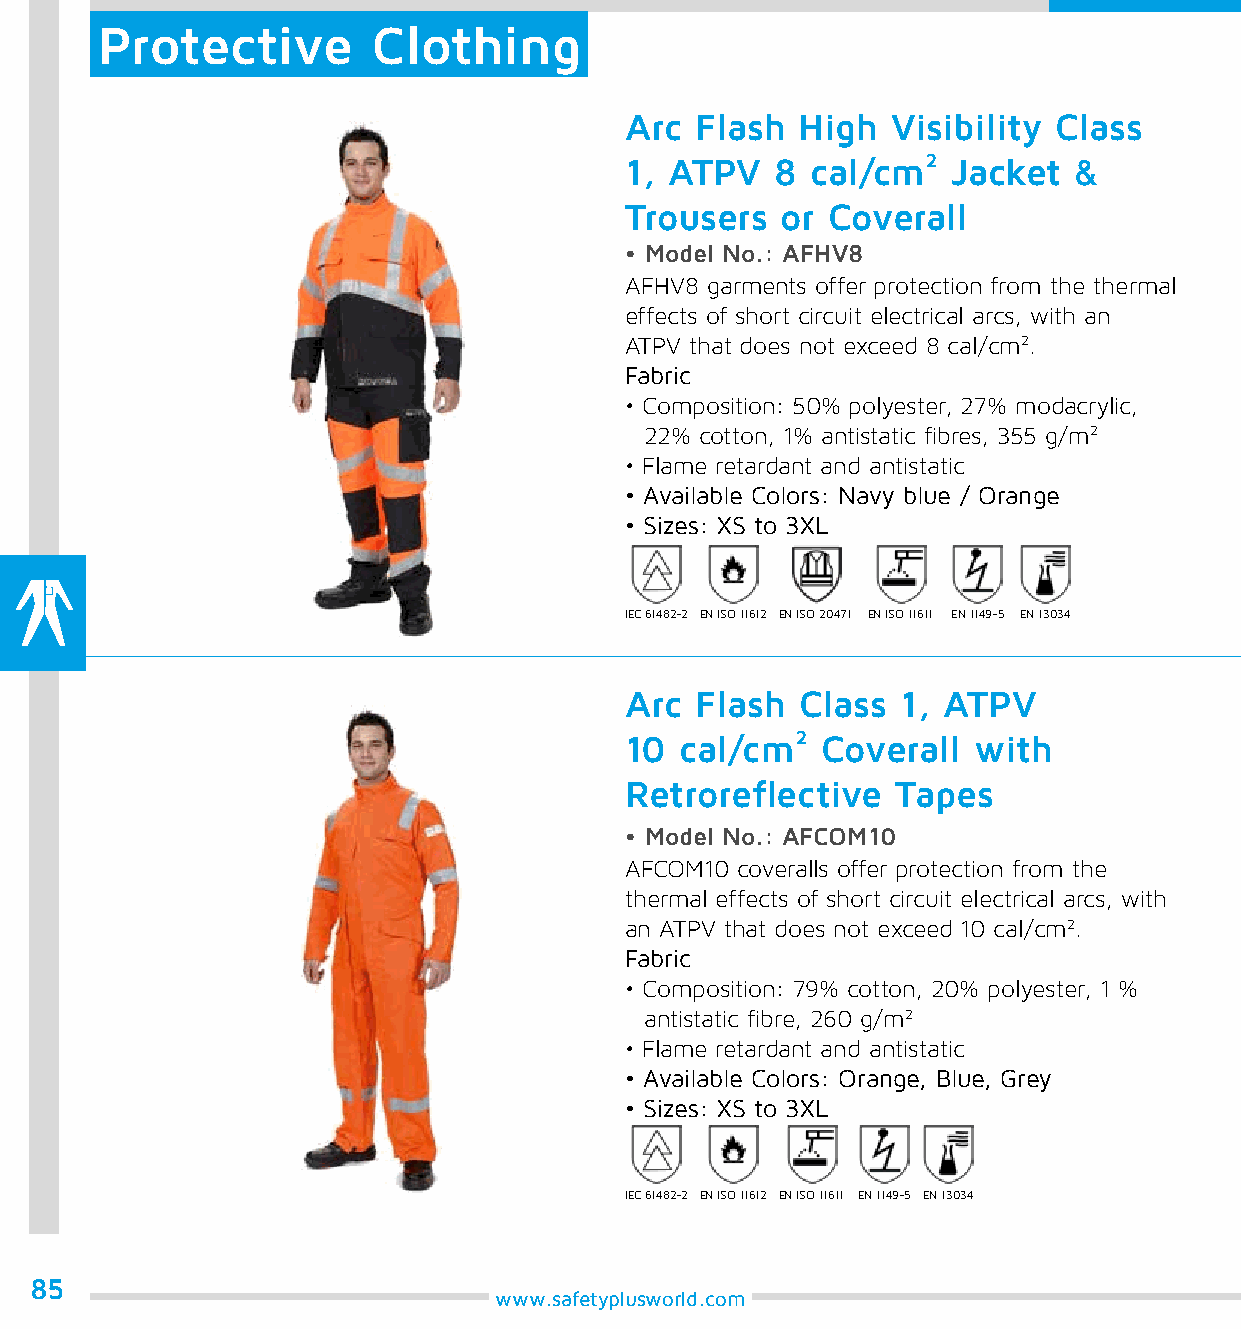
Protective         Clothing
 Arc  Flash  High  Visibility Class
 1, ATPV   8  cal/cm²  Jacket  &
 Trousers   or Coverall
 • Model No.: AFHV8
 AFHV8 garments offer protection from the thermal
 effects of short circuit electrical arcs, with an
 ATPV that does not exceed 8 cal/cm2.
 Fabric
 • Composition: 50% polyester, 27% modacrylic,
 22% cotton, 1% antistatic fibres, 355 g/m2
 • Flame retardant and antistatic
 • Available Colors: Navy blue / Orange
 • Sizes: XS to 3XL
 IEC 61482-2 EN ISO 11612 EN ISO 20471 EN ISO 11611 EN 1149-5 EN 13034
 Arc  Flash  Class  1, ATPV
 10  cal/cm²  Coverall  with
 Retroreflective   Tapes
 • Model No.: AFCOM10
 AFCOM10 coveralls offer protection from the
 thermal effects of short circuit electrical arcs, with
 an ATPV that does not exceed 10 cal/cm2.
 Fabric
 • Composition: 79% cotton, 20% polyester, 1 %
 antistatic fibre, 260 g/m2
 • Flame retardant and antistatic
 • Available Colors: Orange, Blue, Grey
 • Sizes: XS to 3XL
 IEC 61482-2 EN ISO 11612 EN ISO 11611 EN 1149-5 EN 13034
 85
 www.safetyplusworld.com